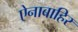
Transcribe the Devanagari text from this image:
ऐनाबाहिर